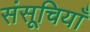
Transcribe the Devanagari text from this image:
संसूचियाँ